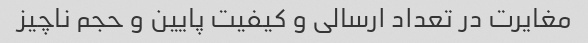
مغایرت در تعداد ارسالی و کیفیت پایین و حجم ناچیز